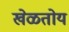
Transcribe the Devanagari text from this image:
खेळतोय